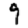
Digit: 9